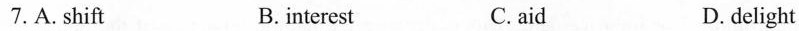
7.A.shift B. interest C. aid D.delight